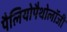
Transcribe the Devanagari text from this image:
पैलियोपैथोलॉजी